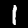
Digit: 1